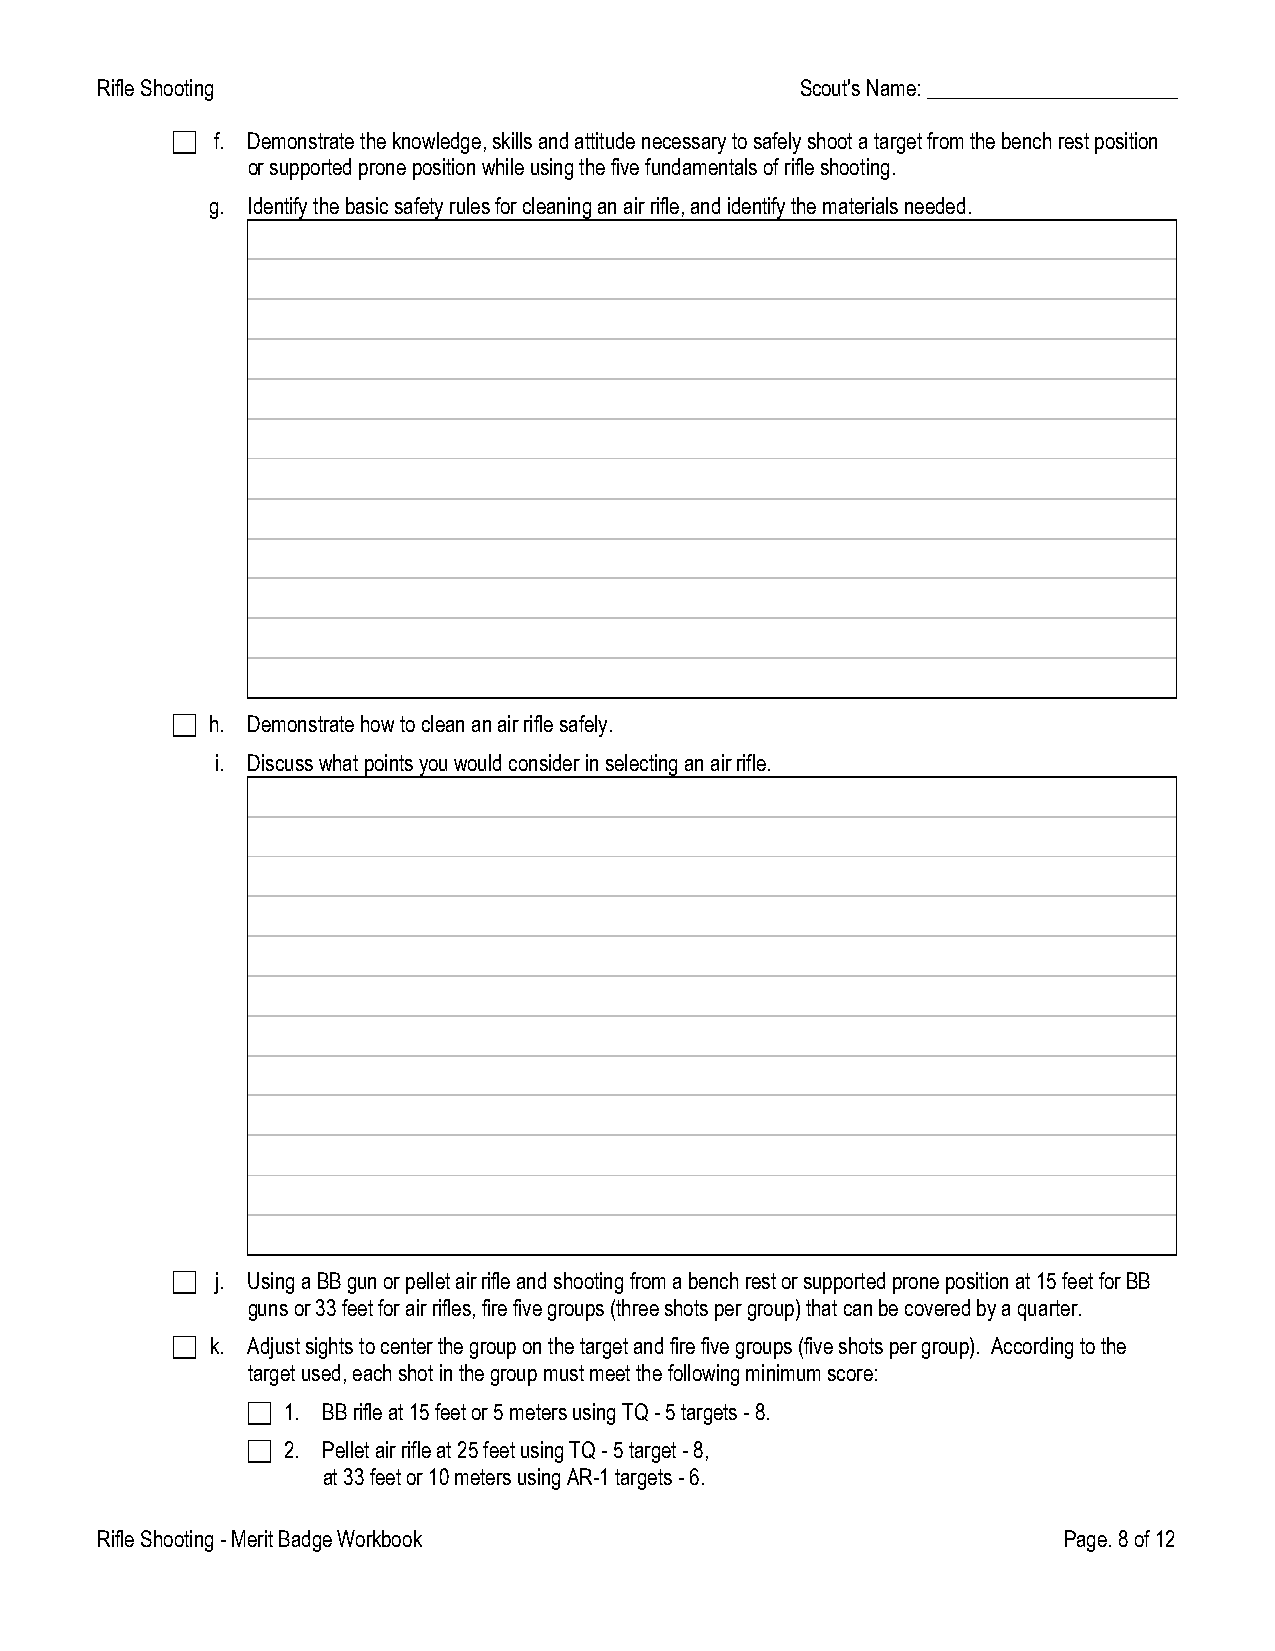
RifleShooting                                  Scout'sName:________________________
   f. Demonstratetheknowledge,skillsandattitudenecessarytosafelyshootatargetfromthebenchrestposition
 orsupportedpronepositionwhileusingthefivefundamentalsofrifleshooting.
 g. Identifythebasicsafetyrulesforcleaninganairrifle,andidentifythematerialsneeded.
   h. Demonstratehowtocleananairriflesafely.
 i. Discusswhatpointsyouwouldconsiderinselectinganairrifle.
   j. UsingaBBgunorpelletairrifleandshootingfromabenchrestorsupportedpronepositionat15feetforBB
 gunsor33feetforairrifles,firefivegroups(threeshotspergroup)thatcanbecoveredbyaquarter.
   k. Adjustsightstocenterthegrouponthetargetandfirefivegroups(fiveshotspergroup). Accordingtothe
 targetused,eachshotinthegroupmustmeetthefollowingminimumscore:
   1. BBrifleat15feetor5metersusingTQ-5targets-8.
   2. Pelletairrifleat25feetusingTQ-5target-8,
 at33feetor10metersusingAR-1targets-6.
 RifleShooting-MeritBadgeWorkbook                                Page.8of12